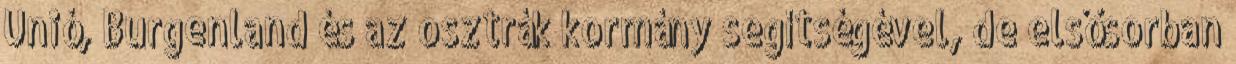
Unió, Burgenland és az osztrák kormány segítségével, de elsősorban